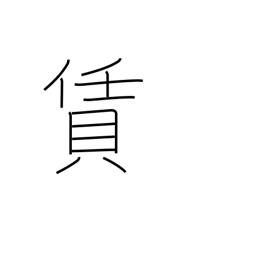
Meaning: fee